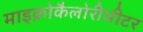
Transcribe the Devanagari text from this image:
माइक्रोकैलोरीमीटर